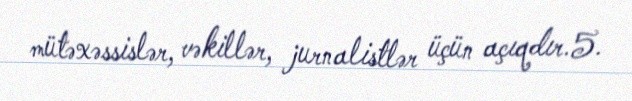
mütəxəssislər, vəkillər, jurnalistlər üçün açıqdır.5.